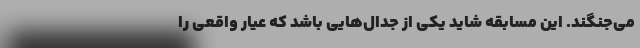
می‌جنگند. این مسابقه شاید یکی از جدال‌هایی باشد که عیار واقعی را